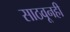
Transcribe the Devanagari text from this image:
साठवूनही